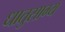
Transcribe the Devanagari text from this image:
धातुसाम्य